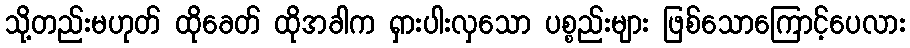
သို့တည်းမဟုတ် ထိုခေတ် ထိုအခါက ရှားပါးလှသော ပစ္စည်းများ ဖြစ်သောကြောင့်ပေလား